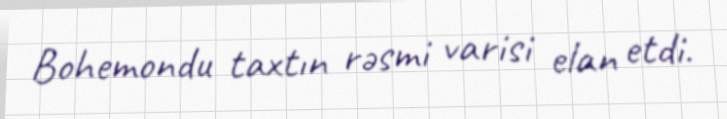
Bohemondu taxtın rəsmi varisi elan etdi.